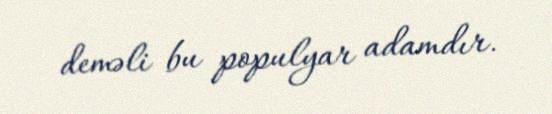
deməli bu populyar adamdır.